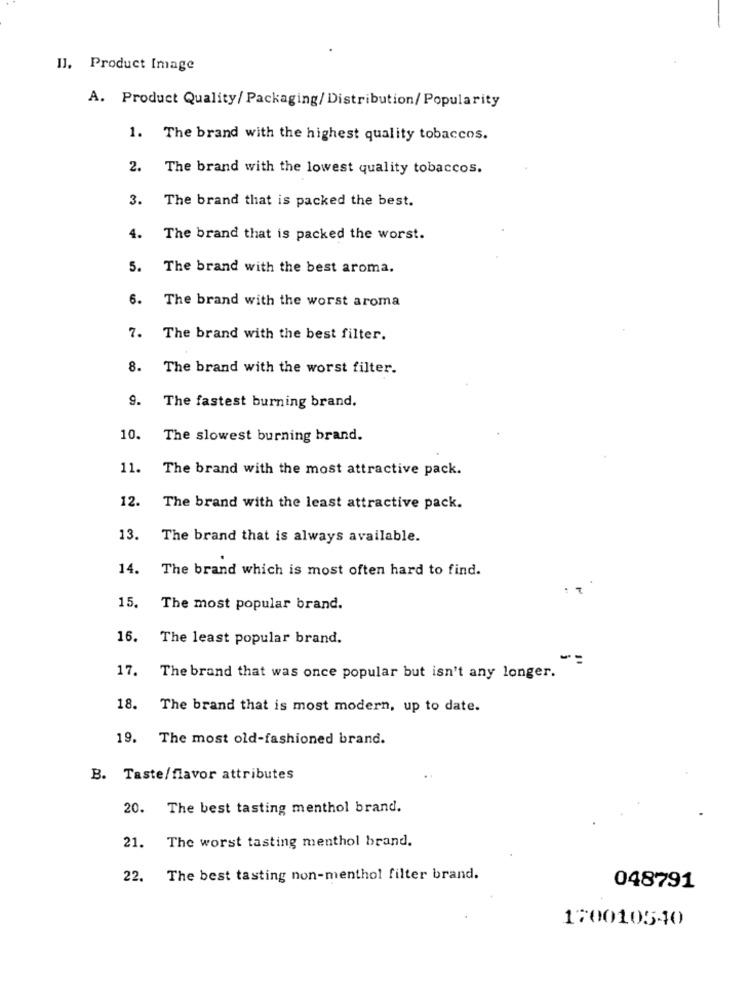
II. Product Image
A. Product Quality/ Packaging/Distribution/ Popularity
1. The brand with the highest quality tobaccos.
2.
The brand with the lowest quality tobaccos.
3. The brand that is packed the best.
4.
The brand that is packed the worst.
5. The brand with the best aroma.
6. The brand with the worst aroma
7. The brand with the best filter.
8.
The brand with the worst filter.
9.
The fastest burning brand.
10.
The slowest burning brand.
11.
The brand with the most attractive pack.
12.
The brand with the least attractive pack.
13.
The brand that is always available.
14.
The brand which is most often hard to find.
15.
The most popular brand.
16.
The least popular brand.
17.
The brand that was once popular but isn't any longer.
18.
The brand that is most modern, up to date.
19.
The most old-fashioned brand.
B. Taste/flavor attributes
20.
The best tasting menthol brand.
The worst tasting menthol brand.
21.
22. The best tasting non-menthol filter brand.
048791
170010540